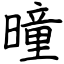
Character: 曈